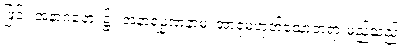
ဖြင့်။ အနာဂတေ၊ ၌။ အနာရမ္မဏံနာမ၊ အာရုံမဟုတ်သောတရားမည်သည်။